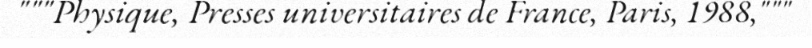
"""Physique, Presses universitaires de France, Paris, 1988,"""